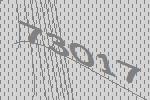
73017